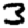
Digit: 3